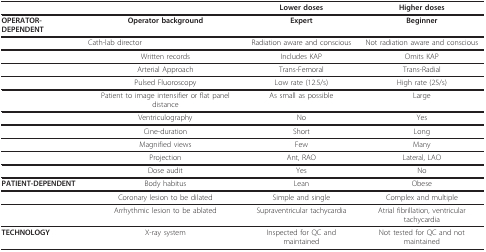
<table><thead><tr><td></td><td></td><td><b>Lower doses</b></td><td><b>Higher doses</b></td></tr></thead><tbody><tr><td><b>OPERATOR-DEPENDENT</b></td><td><b>Operator background</b></td><td><b>Expert</b></td><td><b>Beginner</b></td></tr><tr><td></td><td>Cath-lab director</td><td>Radiation aware and conscious</td><td>Not radiation aware and conscious</td></tr><tr><td></td><td>Written records</td><td>Includes KAP</td><td>Omits KAP</td></tr><tr><td></td><td>Arterial Approach</td><td>Trans-Femoral</td><td>Trans-Radial</td></tr><tr><td></td><td>Pulsed Fluoroscopy</td><td>Low rate (12.5/s)</td><td>High rate (25/s)</td></tr><tr><td></td><td>Patient to image intensifier or flat panel distance</td><td>As small as possible</td><td>Large</td></tr><tr><td></td><td>Ventriculography</td><td>No</td><td>Yes</td></tr><tr><td></td><td>Cine-duration</td><td>Short</td><td>Long</td></tr><tr><td></td><td>Magnified views</td><td>Few</td><td>Many</td></tr><tr><td></td><td>Projection</td><td>Ant, RAO</td><td>Lateral, LAO</td></tr><tr><td></td><td>Dose audit</td><td>Yes</td><td>No</td></tr><tr><td><b>PATIENT-DEPENDENT</b></td><td>Body habitus</td><td>Lean</td><td>Obese</td></tr><tr><td></td><td>Coronary lesion to be dilated</td><td>Simple and single</td><td>Complex and multiple</td></tr><tr><td></td><td>Arrhythmic lesion to be ablated</td><td>Supraventricular tachycardia</td><td>Atrial fibrillation, ventricular tachycardia</td></tr><tr><td><b>TECHNOLOGY</b></td><td>X-ray system</td><td>Inspected for QC and maintained</td><td>Not tested for QC and not maintained</td></tr></tbody></table>